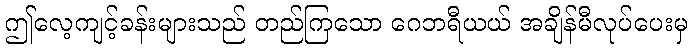
ဤလေ့ကျင့်ခန်းများသည် တည်ကြသော ဂေဘရီယယ် အချိန်မီလုပ်ပေးမှ